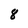
Character: 8